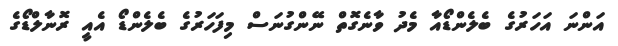
އަންނަ އަހަރުގެ ބެލެންޑޯއާ މެދު ވާނެގޮތް ނޭންގުނަސް މިފަހަރުގެ ބެލެންޑޯ އެއީ ރޮނާލްޑޯގެ